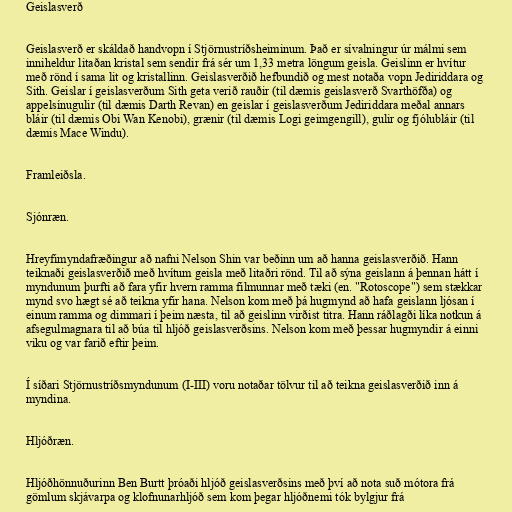
Geislasverð

Geislasverð er skáldað handvopn í Stjörnustríðsheiminum. Það er sívalningur úr málmi sem
inniheldur litaðan kristal sem sendir frá sér um 1,33 metra löngum geisla. Geislinn er hvítur
með rönd í sama lit og kristallinn. Geislasverðið hefbundið og mest notaða vopn Jediriddara og
Sith. Geislar í geislasverðum Sith geta verið rauðir (til dæmis geislasverð Svarthöfða) og
appelsínugulir (til dæmis Darth Revan) en geislar í geislasverðum Jediriddara meðal annars
bláir (til dæmis Obi Wan Kenobi), grænir (til dæmis Logi geimgengill), gulir og fjólubláir (til
dæmis Mace Windu).

Framleiðsla.

Sjónræn.

Hreyfimyndafræðingur að nafni Nelson Shin var beðinn um að hanna geislasverðið. Hann
teiknaði geislasverðið með hvítum geisla með litaðri rönd. Til að sýna geislann á þennan hátt í
myndunum þurfti að fara yfir hvern ramma filmunnar með tæki (en. "Rotoscope") sem stækkar
mynd svo hægt sé að teikna yfir hana. Nelson kom með þá hugmynd að hafa geislann ljósan í
einum ramma og dimmari í þeim næsta, til að geislinn virðist titra. Hann ráðlagði líka notkun á
afsegulmagnara til að búa til hljóð geislasverðsins. Nelson kom með þessar hugmyndir á einni
viku og var farið eftir þeim.

Í síðari Stjörnustríðsmyndunum (I-III) voru notaðar tölvur til að teikna geislasverðið inn á
myndina.

Hljóðræn.

Hljóðhönnuðurinn Ben Burtt þróaði hljóð geislasverðsins með því að nota suð mótora frá
gömlum skjávarpa og klofnunarhljóð sem kom þegar hljóðnemi tók bylgjur frá